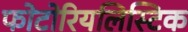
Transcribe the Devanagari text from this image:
फोटोरियलिस्टिक